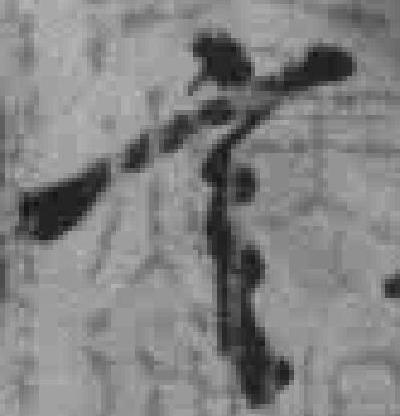
言